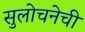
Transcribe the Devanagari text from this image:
सुलोचनेची